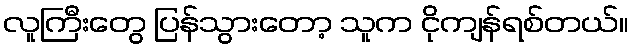
လူကြီးတွေ ပြန်သွားတော့ သူက ငိုကျန်ရစ်တယ်။